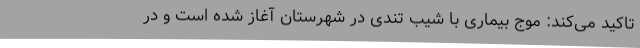
تاکید می‌کند: موج بیماری با شیب تندی در شهرستان آغاز شده است و در